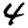
Digit: 4